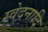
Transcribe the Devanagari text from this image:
स्वेदनादि